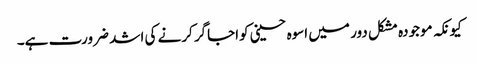
کیونکہ موجودہ مشکل دور میں اسوہ حسینی کواجاگر کرنے کی اشد ضرورت ہے۔